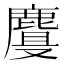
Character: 𱊾